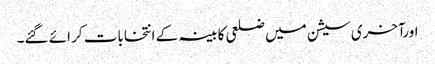
اورآخری سیشن میں ضلعی کابینہ کے انتخابات کر ائے گئے۔